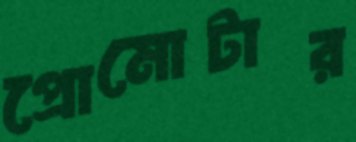
প্রোমোটার